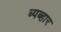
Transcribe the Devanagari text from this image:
ब्यब्हार